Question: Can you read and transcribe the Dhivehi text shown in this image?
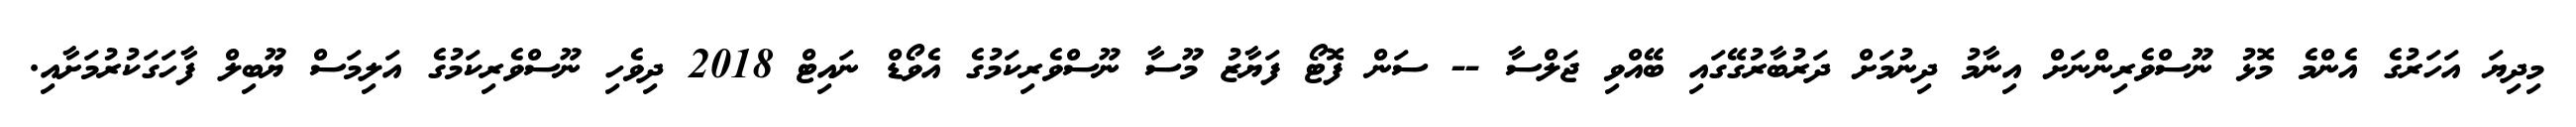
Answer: މިދިޔަ އަހަރުގެ އެންމެ މޮޅު ނޫސްވެރިންނަށް އިނާމު ދިނުމަށް ދަރުބާރުގޭގައި ބޭއްވި ޖަލްސާ -- ސަން ފޮޓޯ ފަޔާޒު މޫސާ ނޫސްވެރިކަމުގެ އެވޯޑް ނައިޓް 2018 ދިވެހި ނޫސްވެރިކަމުގެ އަލިމަސް ޔޫބިލް ފާހަގަކުރުމަށާއި.